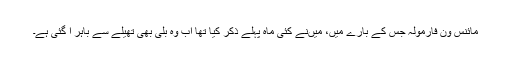
مائنس ون فارمولہ جس کے بارے میں، میںنے کئی ماہ پہلے ذکر کیا تھا اب وہ بلی بھی تھیلے سے باہر آ گئی ہے۔